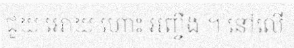
ជួយ អោយ ហោះ អញ្ចឹង ។ នៅលើ